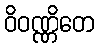
ဝိဝဏ္ဏိတေ